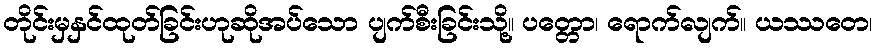
တိုင်းမှနှင်ထုတ်ခြင်းဟုဆိုအပ်သော ပျက်စီးခြင်းသို့။ ပတ္တော၊ ရောက်လျက်။ ယဿတေ၊